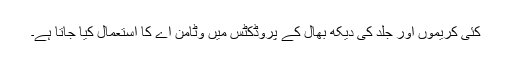
کئی کریموں اور جلد کی دیکھ بھال کے پروڈکٹس میں وٹامن اے کا استعمال کیا جاتا ہے۔